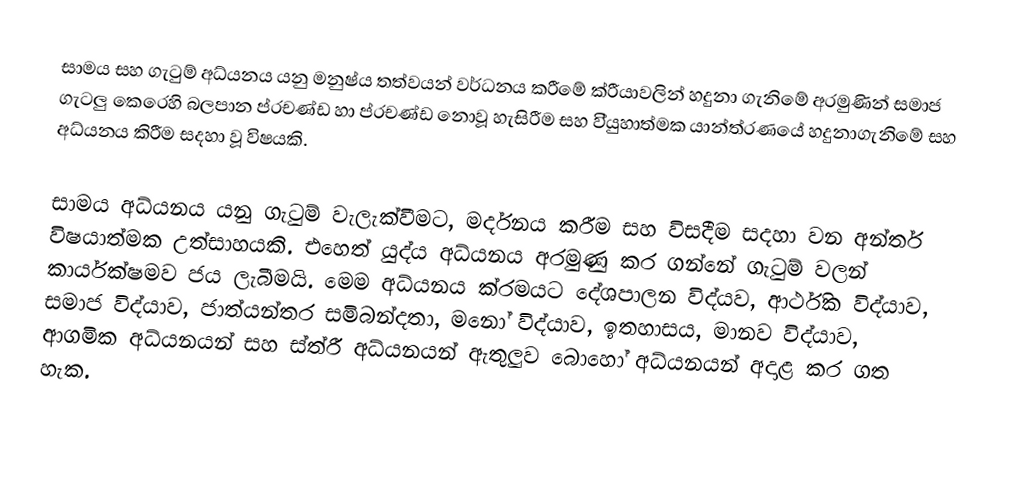
සාමය සහ ගැටුම් අධ්යනය යනු මනුෂ්ය තත්වයන් වර්ධනය කරීමේ ක්රීයාවලින් හදුනා ගැනිමේ අරමුණින් සමාජ ගැටලු කෙරෙහි බලපාන ප්රචණ්ඩ හා ප්රචණ්ඩ නොවූ හැසිරීම සහ වි්යුහාත්මක යාන්ත්රණයේ හදුනාගැනිමේ සහ අධ්යනය කිරීම සදහා වූ විෂයකි.

සාමය අධ්යනය යනු ගැටුම් වැලැක්වීමට, මර්දනය කරීම සහ විසදීම සදහා වන අන්තර් විෂයාත්මක උත්සාහයකි. එහෙත් යුද්ය අධ්යනය අරමුණු කර ගන්නේ ගැටුම් වලන් කාර්යක්ෂමව ජය ලැබීමයි. මෙම අධ්යනය ක්රමයට දේශපාලන විද්යව, ආර්ථික විද්යාව, සමාජ විද්යාව, ජාත්යන්තර සමිබන්දතා, මනෝ විද්යාව, ඉතහාසය, මානව විද්යාව, ආගමික අධ්යනයන් සහ ස්ත්රී අධ්යනයන් ඇතුලුව බොහෝ අධ්යනයන් අදාළ කර ගත හැක.